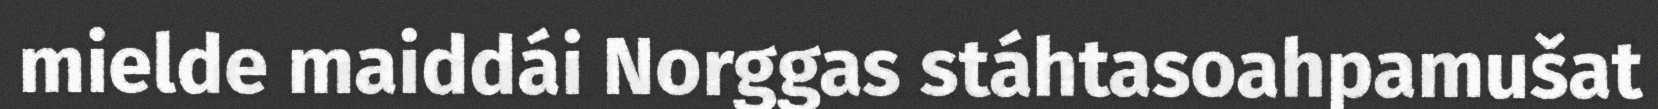
mielde maiddái Norggas stáhtasoahpamušat